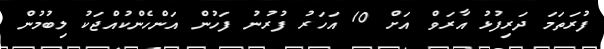
ފުރަތަމަ ދަރިފުޅު އާރަވް އަށް 10 އަހަރު ފުރުނު ފަހުން އަންހެންކުއްޖަކު ލިބުމުން